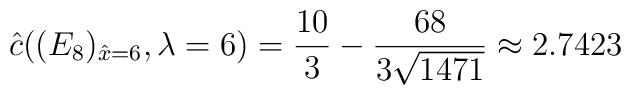
\hat{c}( (E_8)_{\hat{x}=6},\lambda=6)=\frac{10}{3}-\frac{68}{3\sqrt{1471}} \approx 2.7423